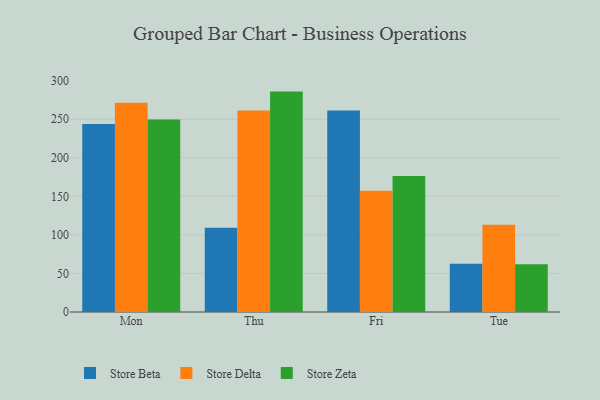
{"axis": {"x": "Day", "y": "Population (Million)"}, "legend": ["Store Beta", "Store Delta", "Store Zeta"], "data": [{"x": "Mon", "y": 243.7, "type": "Store Beta"}, {"x": "Mon", "y": 271.5, "type": "Store Delta"}, {"x": "Mon", "y": 249.6, "type": "Store Zeta"}, {"x": "Thu", "y": 109.1, "type": "Store Beta"}, {"x": "Thu", "y": 261.2, "type": "Store Delta"}, {"x": "Thu", "y": 285.8, "type": "Store Zeta"}, {"x": "Fri", "y": 261.4, "type": "Store Beta"}, {"x": "Fri", "y": 157.2, "type": "Store Delta"}, {"x": "Fri", "y": 176.2, "type": "Store Zeta"}, {"x": "Tue", "y": 62.5, "type": "Store Beta"}, {"x": "Tue", "y": 113.2, "type": "Store Delta"}, {"x": "Tue", "y": 61.8, "type": "Store Zeta"}]}